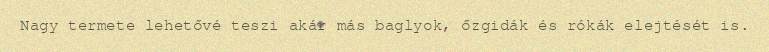
Nagy termete lehetővé teszi akár más baglyok, őzgidák és rókák elejtését is.